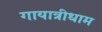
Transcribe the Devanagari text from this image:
गायात्रीधाम